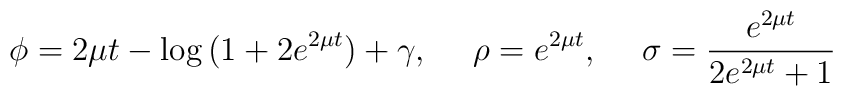
\phi = 2 \mu t - \log{ (1 + 2 e^{2\mu t})} +\gamma,~~~~\rho= e^{2\mu t},~~~~\sigma=\frac{e^{2\mu t}}{2 e^{2 \mu t} + 1}